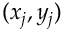
( x _ { j } , y _ { j } )